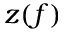
z ( f )